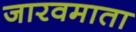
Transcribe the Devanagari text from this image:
जारवमाता